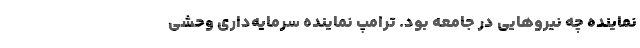
نماینده چه نیروهایی در جامعه بود. ترامپ نماینده سرمایه‌داری وحشی